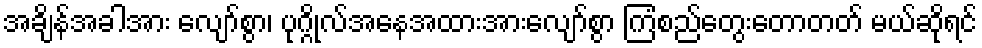
အချိန်အခါအား လျော်စွာ၊ ပုဂ္ဂိုလ်အနေအထားအားလျော်စွာ ကြံစည်တွေးတောတတ် မယ်ဆိုရင်